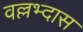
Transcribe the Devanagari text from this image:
वल्लभ्दास